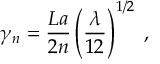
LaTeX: \gamma _ { n } = \frac { L a } { 2 n } \left( \frac { \lambda } { 1 2 } \right) ^ { 1 / 2 } \; ,